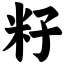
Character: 籽